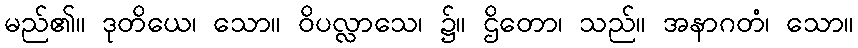
မည်၏။ ဒုတိယေ၊ သော။ ဝိပလ္လာသေ၊ ၌။ ဌိတော၊ သည်။ အနာဂတံ၊ သော။